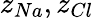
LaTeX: z_{Na},z_{Cl}